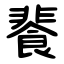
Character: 餥